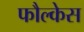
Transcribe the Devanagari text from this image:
फौल्केस